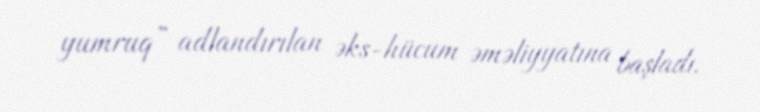
yumruq” adlandırılan əks-hücum əməliyyatına başladı.